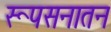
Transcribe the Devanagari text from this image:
रूपसनातन